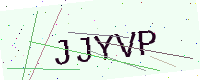
Text: JJYVP